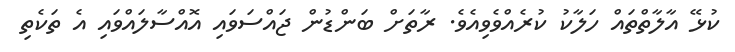
ކުޅޭ އާލާތްތައް ހަލާކު ކުރެއްވެވިއެވެ. ރާތަށް ބަންޑުން ޖައްސަވައި އޮއްސާލައްވައި އެ ތަކެތި